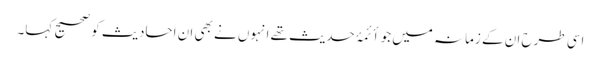
اسی طرح ان کے زمانہ میں جو أئمۂ حدیث تھے انہوں نے بھی ان احادیث کو صحیح کہا۔